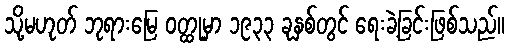
သို့မဟုတ် ဘုရားမြေ ဝတ္ထုမှာ ၁၉၃၃ ခုနှစ်တွင် ရေးခဲ့ခြင်းဖြစ်သည်။